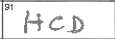
Transcription: HCD